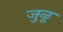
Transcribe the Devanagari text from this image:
जुळू